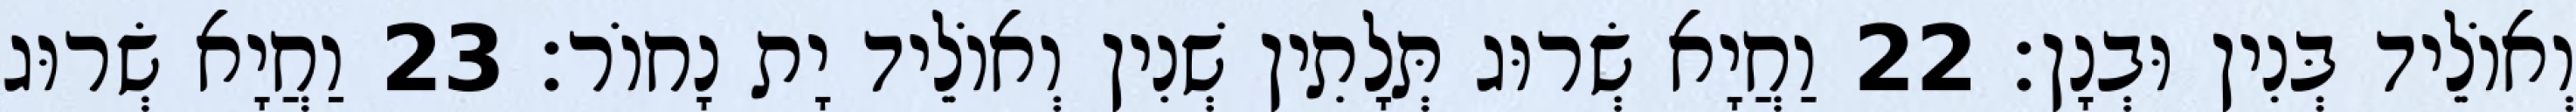
וְאוֹלֵיד בְּנִין וּבְנָן׃ 22 וַחֲיָא שְׂרוּג תְּלָתִין שְׁנִין וְאוֹלֵיד יָת נָחוֹר׃ 23 וַחֲיָא שְׂרוּג